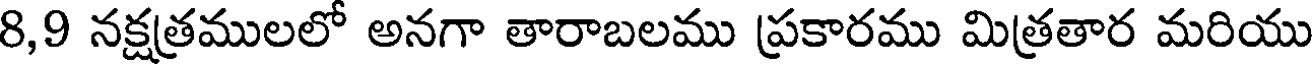
8,9 నక్షత్రములలో అనగా తారాబలము ప్రకారము మిత్రతార మరియు